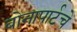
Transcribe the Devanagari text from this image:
बोनापार्टचे